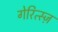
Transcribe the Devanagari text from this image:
गेरित्स्ज़